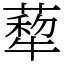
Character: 𦺙